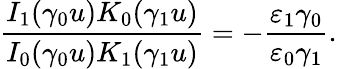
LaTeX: \frac{I_{1}(\gamma_{0}u)K_{0}(\gamma_{1}u)}{I_{0}(\gamma_{0}u)K_{1}(\gamma_{1}u)}=-\frac{\varepsilon_{1}\gamma_{0}}{\varepsilon_{0}\gamma_{1}}.